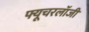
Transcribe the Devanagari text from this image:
फ्यूचरलॉजी